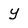
Character: Y